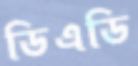
ডিএডি